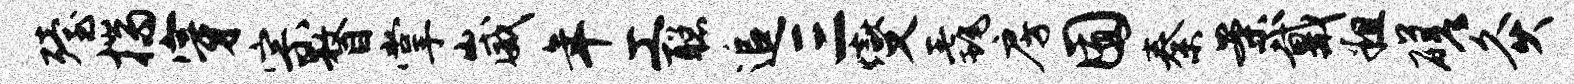
殪揣穿宗瞀掌崴年工聪追三燮毳房囿秦案戴粗磋灸